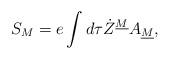
LaTeX: \begin{align*}S_M=e\int d\tau \dot Z^{\underline M}A_{\underline M},\end{align*}